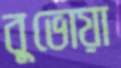
বুভোয়া